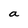
Character: a